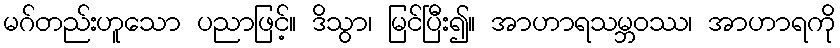
မဂ်တည်းဟူသော ပညာဖြင့်။ ဒိသွာ၊ မြင်ပြီး၍။ အာဟာရသမ္ဘဝဿ၊ အာဟာရကို